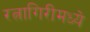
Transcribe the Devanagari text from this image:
रत्नागिरीमध्ये